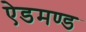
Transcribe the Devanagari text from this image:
ऐडमण्ड